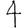
Digit: 4